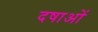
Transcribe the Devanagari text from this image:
दषाओं